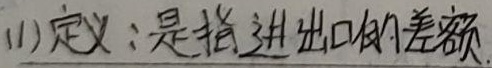
(1) 定义：是指进出口的差额。